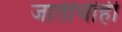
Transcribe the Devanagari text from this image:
जातींचीही